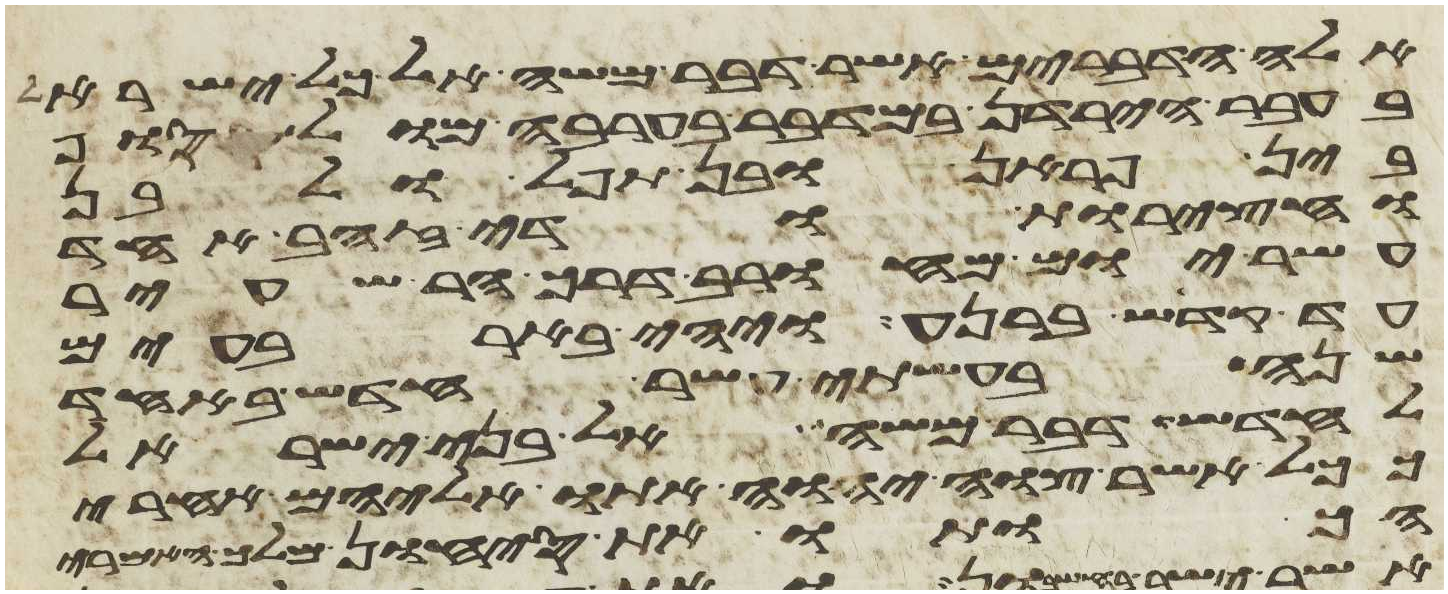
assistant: אלה הדברים אשר דבר משה אל כל ישראל
בעבר הירדן במדבר בערבה מול סוף
בין פראן ובין תפל ולבן
וחצרות ודי זהב אחד
עשר יום מחורב דרך הר שעיר
עד קדש ברנע ויהי בארבעים
שנה בעשתי עשר חדש באחד
לחדש דבר משה אל בני ישראל
ככל אשר צוה יהוה אתו אליהם אחרי
הכותו את סיחון מלך האמרי